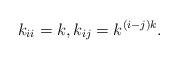
LaTeX: \begin{align*} k_{ii}=k, k_{ij}=k^{(i-j)k}.\end{align*}